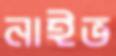
নাইভ